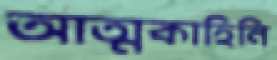
আত্মকাহিনি